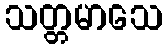
သတ္တမာသေ